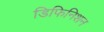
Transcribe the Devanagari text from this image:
डिफिनिशन